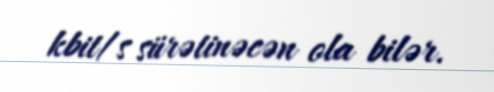
kbit/s sürətinəcən ola bilər.